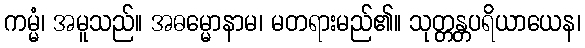
ကမ္မံ၊ အမူသည်။ အဓမ္မောနာမ၊ မတရားမည်၏။ သုတ္တန္တပရိယာယေန၊